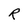
Character: R